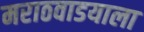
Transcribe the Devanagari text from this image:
मराठवाडयाला